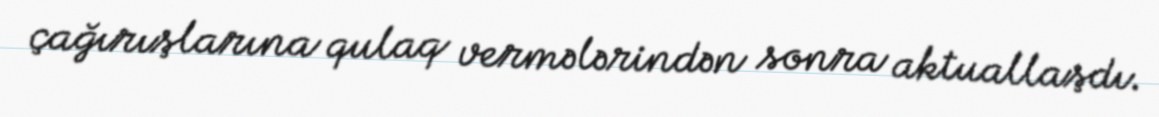
çağırışlarına qulaq vermələrindən sonra aktuallaşdı.